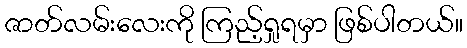
ဇာတ်လမ်းလေးကို ကြည့်ရှုရမှာ ဖြစ်ပါတယ်။